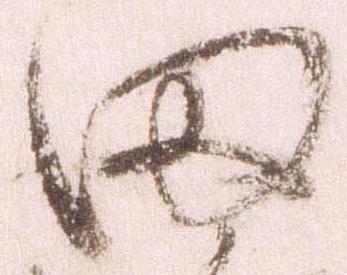
田